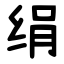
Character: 绢